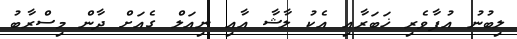
ލިބުނު އުފާވެރި ޚަބަރާއި އެކު ލާޝާ އާއި ނިއަލް ގެއަށް ދާން މިސްރާބު